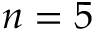
n = 5